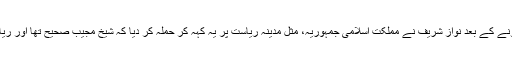
مگر اقتدار سے باہرہونے کے بعد نواز شریف نے مملکت اسلامی جمہوریہ، مثل مدینہ ریاست پر یہ کہہ کر حملہ کر دیا کہ شیخ مجیب صحیح تھا اور ریاست صحیح نہیں تھی۔